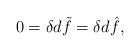
LaTeX: \begin{align*} 0=\delta d\tilde{f}=\delta d\hat{f}, \end{align*}